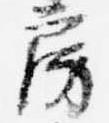
房